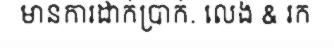
មានការដាក់ប្រាក់. លេង & រក